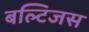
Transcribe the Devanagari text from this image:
बल्टिजस